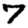
Digit: 7